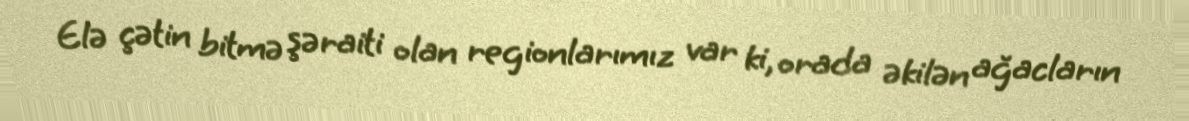
Elə çətin bitmə şəraiti olan regionlarımız var ki, orada əkilən ağacların